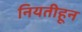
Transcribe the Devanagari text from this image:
नियतीहून